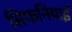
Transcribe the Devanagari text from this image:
सिफनियाई